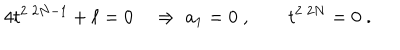
4 t ^ { 2 \; 2 N - 1 } + \ell = 0 \quad \Rightarrow \ a _ { 1 } = 0 \; , \qquad t ^ { 2 \; 2 N } = 0 \; .